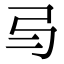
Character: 𢎥